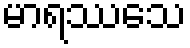
မာရဿေသ